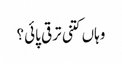
وہاں کتنی ترقی پائی؟